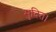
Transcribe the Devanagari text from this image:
मुदित।